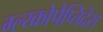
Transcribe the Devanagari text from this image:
ग्ल्य्कोपेप्तिदेस